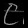
Digit: ၉